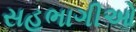
સહભાગીઓ